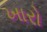
ખારો